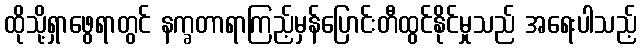
ထိုသို့ရှာဖွေရာတွင် နက္ခတာရာကြည့်မှန်ပြောင်းတီထွင်နိုင်မှုသည် အရေးပါသည့်